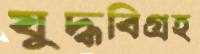
যুদ্ধবিগ্রহ